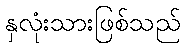
နှလုံးသားဖြစ်သည်